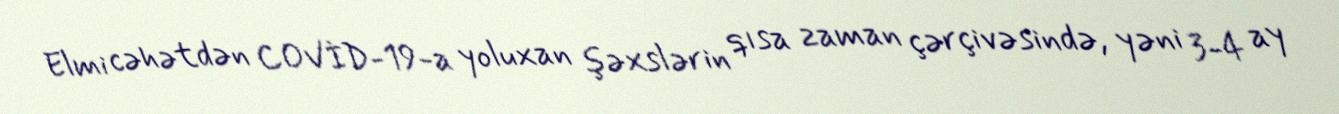
Elmi cəhətdən COVİD-19-a yoluxan şəxslərin qısa zaman çərçivəsində, yəni 3-4 ay